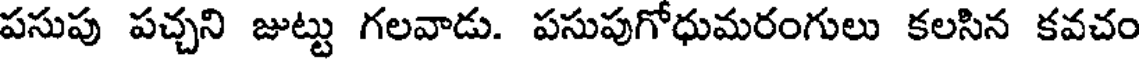
పసుపు పచ్చని జుట్టు గలవాడు. పసుపుగోధుమరంగులు కలసిన కవచం